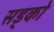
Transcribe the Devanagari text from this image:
सड्को